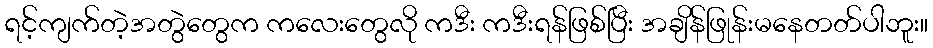
ရင့်ကျက်တဲ့အတွဲတွေက ကလေးတွေလို ကဒီး ကဒီးရန်ဖြစ်ပြီး အချိန်ဖြုန်းမနေတတ်ပါဘူး။